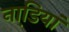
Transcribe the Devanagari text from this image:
नाडि़यां